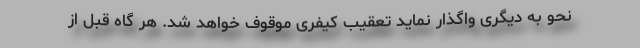
نحو به دیگری واگذار نماید تعقیب کیفری موقوف خواهد شد. هر گاه قبل از